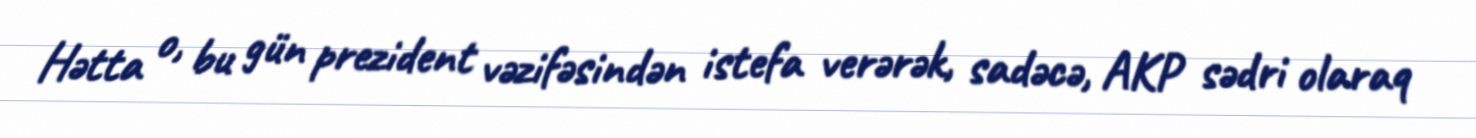
Hətta o, bu gün prezident vəzifəsindən istefa verərək, sadəcə, AKP sədri olaraq